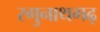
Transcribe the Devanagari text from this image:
रगुनाथगढ़